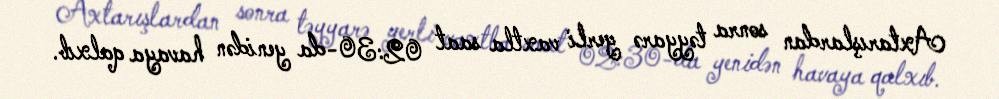
Axtarışlardan sonra təyyarə yerli vaxtla saat 02:30-da yenidən havaya qalxıb.